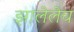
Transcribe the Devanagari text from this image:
झालेलेच